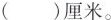
()厘米。